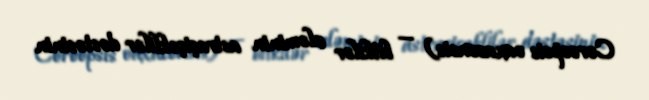
Coreopsis oaxacensis) — bitkilər aləminin astraçiçəklilər dəstəsinin